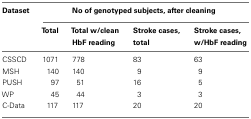
<table><thead><tr><td><b>Dataset</b></td><td colspan="4"><b>No of genotyped subjects, after cleaning</b></td></tr><tr><td></td><td><b>Total</b></td><td><b>Total w/clean HbF reading</b></td><td><b>Stroke cases, total</b></td><td><b>Stroke cases, w/HbF reading</b></td></tr></thead><tbody><tr><td>CSSCD</td><td>1071</td><td>778</td><td>83</td><td>63</td></tr><tr><td>MSH</td><td>140</td><td>140</td><td>9</td><td>9</td></tr><tr><td>PUSH</td><td>97</td><td>51</td><td>16</td><td>5</td></tr><tr><td>WP</td><td>45</td><td>44</td><td>3</td><td>3</td></tr><tr><td>C-Data</td><td>117</td><td>117</td><td>20</td><td>20</td></tr></tbody></table>